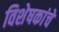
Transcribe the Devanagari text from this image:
विशेषकांचे